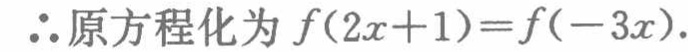
\(\therefore 原方程化为 f(2x + 1)=f(-3x).\)